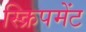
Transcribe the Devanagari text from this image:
स्क्रिपमेंट